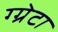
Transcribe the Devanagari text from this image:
ग्ग्रेटा